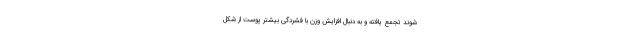
شوند تجمع یافته و به دنبال افزایش وزن با فشردگی بیشتر پوست از شکل